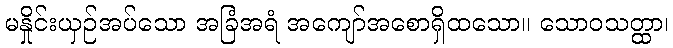
မနှိုင်းယှဉ်အပ်သော အခြံအရံ အကျော်အစောရှိထသော။ သောဝသတ္ထာ၊